Vaccination in the Punjab 1919-1929 - 1919-1929
Year: 1919
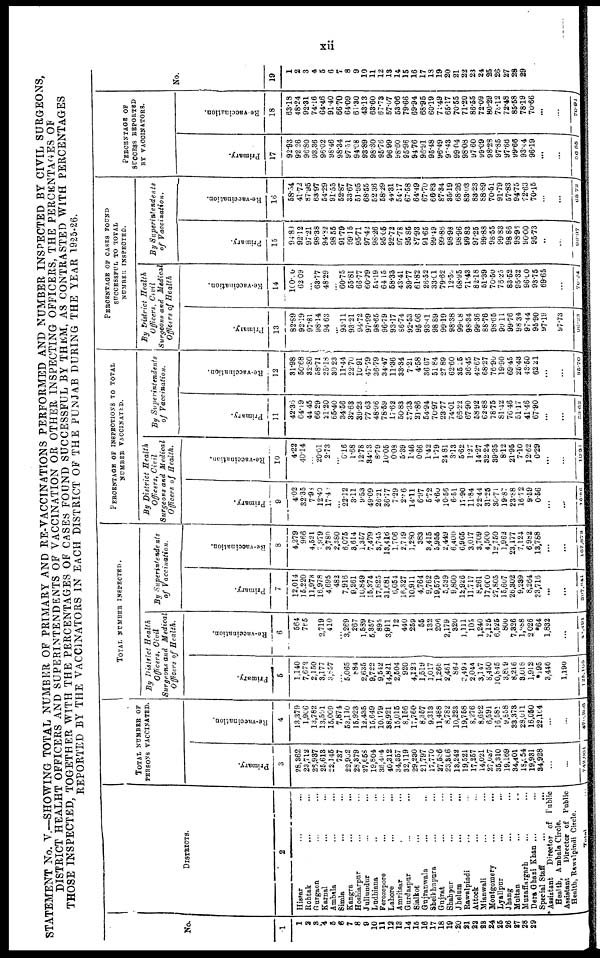
xi
STATEMENT No. V.—SHOWING TOTAL NUMBER OF PRIMARY AND RE-VACCINATIONS PERFORMED AND NUMBER INSPECTED BY CIVIL SURGEONS,
DISTRICT HEALHT OFFICERS AND SUPERINTENDENTS OF VACCINATION OR OTHER INSPECTING OFFICERS, THE PERCENTAGES OF
THOSE INSPECTED, TOGETHER WITH THE PERCENTAGES OF CASES FOUND SUCCESSFUL BY THEM, AS CONTRASTED WITH PERCENTAGES
REPORTED BY THE VACCINATORS IN EACH DISTRICT OF THE PUNJAB DURING THE YEAR 1925-26.
No.
1
1
2
3
4
5
6
7
8
9
10
11
12
18
14
15
16
17
18
19
20
21
22
23
24
26
26
27
28
29
DISTRICTS.
2
Hissar ... ...
Rohtak ... ...
Gurgaon ... ...
Karnal ... ...
Ambala ... ...
Simla ... ...
Kangra
...
...
Hoshiarpur ... ...
Jullundur ... ...
Ludhiana ... ...
Ferozepore ... ...
Lahore ... ...
Amritsar ... ...
Gurdaspur ... ...
Sialkot ... ...
Gujranwala ... ...
Sheikhupura ... ...
Gujrat ... ...
Shahpur ... ...
Jhelum
...
...
Rawalpindi ... ...
Attock ... ...
Mian wali ... ...
Montgomery ... ...
Lyallpur ... ...
Jhang ... ...
Multan ... ...
Muzaffargarh ... ...
Dera Ghazi Khan ... ...
Special Staff ... ...
Assistant
Director of Public
Health, Ambala Circle.
Assistant
Director of Public
Health, Rawalpindi Circle.
Total
TOTAL NUMBER OF
PERSONS VACCINATED.
Primary.
3
28,362
23,712
26,937
25,613
22,145
787
22,992
28,379
27,658
19,804
36,404
40,312
34,357
32,119
29,230
21,797
17,770
27,586
23,306
13,242
19,521
17,257
14,021
27,037
35,310
19,169
34,401
18,054
19,931
34,928
...
...
7,42,001
Re-vaccination.
4
13,379
1,906
13,782
13,591
15,009
7,874
53,110
15,923
12,435
15,649
10,179
38,921
15,015
8,156
17,760
8,357
9,313
11,488
8,782
10,223
19,758
8,276
8,692
6,591
16,581
9,858
33,373
28,011
16,050
22,164
...
...
470,200
TOTAL NUMBER INSPECTED.
By District Health
Officers, Civil
Surgeons and Medical
Officers of Health.
Primary.
5
1,140
7,672
2,150
3,177
3,857
...
5,065
884
2,635
9,722
9,542
14,821
2,504
920
4,123
1,519
1,017
l,268
2,461
862
2,494
2,044
3,147
8,450
10,845
3,809
8,216
8,018
1,912
*195
3,446
1,190
125,105
Re-vaccination.
6
564
785
2,719
410
...
3,269
267
1,539
5,357
895
3,911
12
440
259
55
132
206
2,179
320
1,111
105
1,240
2,125
6,525
800
7,326
1,988
2,026
*64
1,832
...
48,491
By Superintendents
of Vaccination.
Primary.
7
12,014
15,220
11,973
16,978
4,695
482
7,916
9,261
10,849
15,374
17,825
31,681
6,054
16,327
10,911
4,764
9,762
19,579
5,539
9,800
12,926
11,717
8,261
17,000
27,805
15,607
26,302
9,239
8,264
23,716
...
...
397,841
Re-vaccination.
8
4,279
966
4,521
7,979
3,780
2,380
6,075
3,614
1,357
7,479
3,745
13,416
1,706
2,719
1,280
383
3,415
5,955
2,449
6,400
6,965
3,017
3,709
4,500
12,750
1,962
23,177
7,124
6 982
13,788
...
...
107,873
PERCENTAGE OF INSPECTIONS TO TOTAL
NUMBER VACCINATED.
By District Health
Officers, Civil
Surgeons and Medical
Officers of Health.
Primary.
9
4.02
32.35
7.98
12.40
17.42
...
22.12
3.11
9.53
49.09
26.21
36.77
7.29
2.86
14.11
6.97
5.72
4.60
10.56
6.51
17.90
11.84
22.44
31.25
30.71
19.87
23.88
16.72
9.59
0.56
...
...
16.86
Re-vaccination.
10
4.22
40.14
...
20.01
2.73
...
6.16
1.68
12.78
34.23
8.79
10.05
0.08
5.39
1.46
0.66
1.42
1.79
24.81
3.13
5.62
1.27
14.27
32.24
39.35
8.12
21.95
7.10
12.62
0.29
...
...
10.31
By
Superintendents
of
Vaccination.
Primary.
11
42.35
64.19
44.45
66.29
21.20
65.40
34.56
32.63
39.23
77 63
48.96
78.59
17.62
50.83
37.33
21.86
54.94
70.97
23.77
74.01
65.22
67.90
58.92
62.88
78.75
81.42
76.46
51.17
41.46
67.90
...
...
53.82
Re-vaccination.
12
31.98
50.68
32.80
58.71
25.18
30.23
11.44
22.70
10.91
47.79
36.79
34.47
11.36
33.34
7.21
4.58
36.67
51.84
27.89
62.60
35.25
36.45
42.67
68.27
76.90
19.90
69.45
25.43
43.50
62.21
...
...
35.70
PERCENTAGE OF CASES FOUND
SUCCESSFUL TO TOTAL
NUMBER INSPECTED.
By District
Health
Officers,
Civil
Surgeons and Medical
Officers of Health
Primary.
13
82.89
92.19
97.81
98.14
94.63
...
93.11
93.21
94.72
97.99
98.65
96.79
93.17
86.74
92.53
95.06
93.41
98.89
99.19
98.38
99.08
98.34
99.36
88.76
98.65
99.11
99.76
98.34
97.44
95.90
97.19
97.73
96.23
Re- vaccination.
14
100.0
62.09
...
63.77
48.29
...
60.75
55.81
66.77
60.29
51.19
64.15
58.33
43.41
39.77
61.82
26.52
33.01
79.62
12.50
68.95
71.43
82.18
61.39
70.50
76.25
83.52
95.32
96.00
93.75
69.65
...
70.24
By Superintendents
of Vaccination.
Primary.
15
94.89
92.12
97.21
98.38
94.82
98.55
91.79
99.15
95.71
97.42
98.26
95.05
92.72
97.78
95.86
87.93
91.65
99.49
99.86
98.98
98.96
99.83
97.25
99.88
98.55
99.83
98.86
98.96
90.00
95.73
...
...
96.97
Re-vaccination.
16
58.54
41.72
87.95
63.97
54.29
91.55
52.87
33.67
51.95
68.55
52.36
58.29
44.31
54.17
67.58
64.49
67.70
66.83
87.34
35.19
68.26
83.03
83.23
88.89
70.61
91.79
57.83
94.75
72.63
70.15
...
...
65.72
PERCENTAGE OF
SUCCESS REPORTED
BY VACCINATORS.
Primary.
17
92.93
92.26
96.80
93.36
96.02
98.46
98.34
97.51
94.08
93.89
98.30
95.76
96.99
98.60
95.96
94.76
96.91
95.48
96.49
97.43
99.04
98.08
97.60
99.09
98.28
97.85
97.66
99.66
93.44
96.19
...
...
96.55
Re-vaccination.
18
63.18
48.24
92.31
74.16
64.46
91.40
66.70
64.09
61.30
43.13
63.60
67.73
57.07
53.06
79.66
69.94
68.95
60.19
71.49
66.17
70.55
71.20
86.55
72.09
80.29
78.12
72.48
85.58
78.19
70.66
...
...
70.91
No.
19
1
2
3
4
5
6
7
8
9
10
11
12
13
14
15
16
17
18
19
20
21
22
23
24
25
26
27
28
29
...